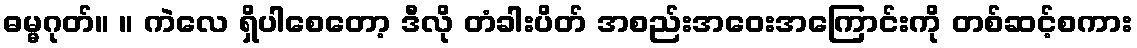
ဓမ္မဂုတ်။ ။ ကဲလေ ရှိပါစေတော့ ဒီလို တံခါးပိတ် အစည်းအဝေးအကြောင်းကို တစ်ဆင့်စကား